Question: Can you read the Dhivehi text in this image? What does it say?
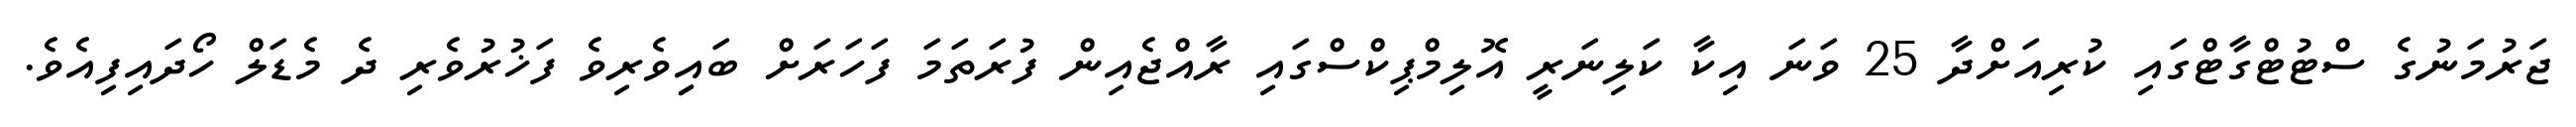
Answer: ޖަރުމަނުގެ ސްޓުޓްގާޓްގައި ކުރިއަށްދާ 25 ވަނަ އިކާ ކަލިނަރީ އޮލިމްޕިކްސްގައި ރާއްޖެއިން ފުރަތަމަ ފަހަރަށް ބައިިވެރިވެ ފަޚުރުވެރި ދެ މެޑަލް ހޯދައިފިއެވެ.